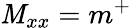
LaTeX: \mathit{M}_{xx}=m^{+}